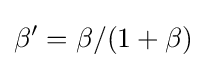
\beta '=\beta /(1+\beta )